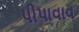
પીપાવાવ